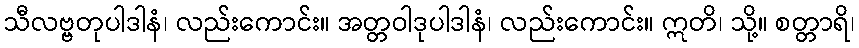
သီလဗ္ဗတုပါဒါနံ၊ လည်းကောင်း။ အတ္တဝါဒုပါဒါနံ၊ လည်းကောင်း။ ဣတိ၊ သို့။ စတ္တာရိ၊